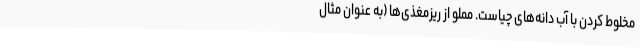
مخلوط کردن با آب دانه‌های چیاست. مملو از ریزمغذی‌ها (به عنوان مثال